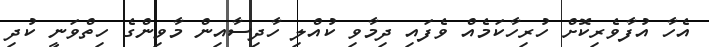
އެހާ އުފާވެރިކޮށް ހުރިހާކަމެއް ވެފައި ދިމާވި ކުއްލި ހާދިސާއިން މާވިންގެ ހިތްވަނީ ކުދި